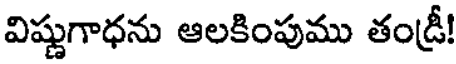
విష్ణుగాధను ఆలకింపుము తండ్రీ!